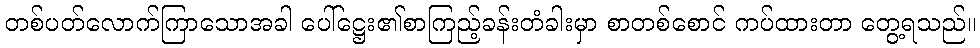
တစ်ပတ်လောက်ကြာသောအခါ ပေါ်ဋ္ဌေး၏စာကြည့်ခန်းတံခါးမှာ စာတစ်စောင် ကပ်ထားတာ တွေ့ရသည်။